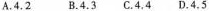
A.4.2 B.4.3 C.4.4 D.4.5